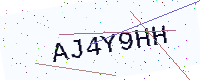
Text: AJ4Y9HH